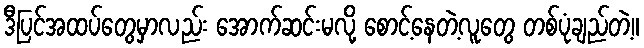
ဒီပြင်အထပ်တွေမှာလည်း အောက်ဆင်းမလို့ စောင့်နေတဲ့လူတွေ တစ်ပုံချည်တဲ့။